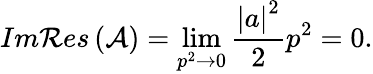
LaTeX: Im{\cal R}es\left({\cal A}\right)=\operatorname*{lim}_{p^{2}\rightarrow 0}\frac{\left|a\right|^{2}}{2}p^{2}=0.